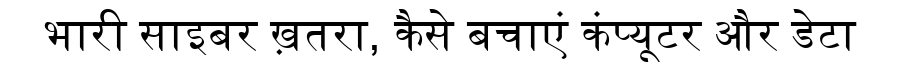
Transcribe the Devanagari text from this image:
भारी साइबर ख़तरा, कैसे बचाएं कंप्यूटर और डेटा